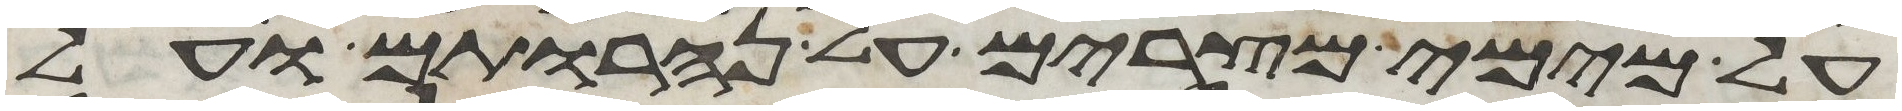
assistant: על מימי מצרים על נהרותם ועל